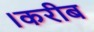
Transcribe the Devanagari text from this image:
।करीब